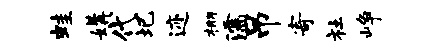
蛙媾代圯迹棚濡吊寄社峥